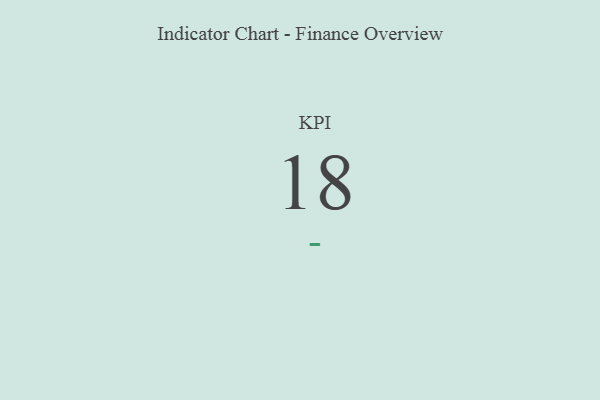
{"axis": {"x": "KPI", "y": "Value"}, "legend": [""], "data": [{"x": "KPI", "y": 18, "type": ""}]}